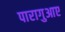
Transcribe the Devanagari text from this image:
पारागुआए